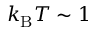
k _ { \mathrm { B } } T \sim 1